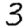
Digit: 3